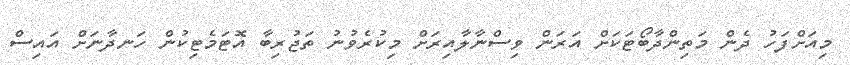
މިއަށްފަހު ދެން މަތިންދާބޯޓަކަށް އަރަން ވިސްނާލާއިރަށް މިކުރެވުނު ތަޖުރިބާ އޮޓަމެޓިކުން ހަނދާނަށް އައިސް